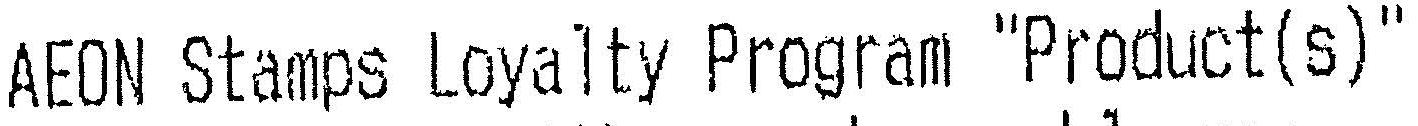
AEON STAMPS LOYALTY PROGRAM "PRODUCT(S)"